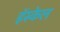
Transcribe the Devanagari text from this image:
हॅस्केल